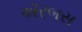
ઍરબસ